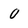
Character: 0